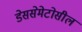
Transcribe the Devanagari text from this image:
डेससेमेटोसील